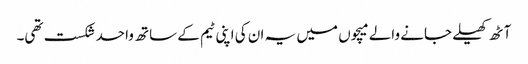
آٹھ کھیلے جانے والے میچوں میں یہ ان کی اپنی ٹیم کے ساتھ واحد شکست تھی۔